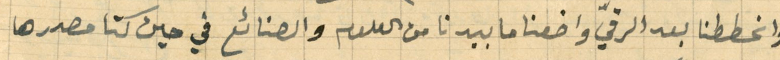
وانحططنا بعد الرقيّ واضعنا ما بيدنا من العلوم والصنائع في حين كنا مصدرها